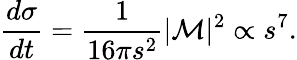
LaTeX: {\frac{d\sigma}{dt}}={\frac{1}{16\pi s^{2}}}|{\cal M}|^{2}\propto s^{7}.